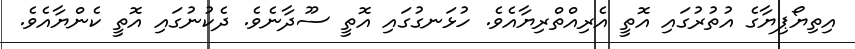
އިތިޔޯޕިޔާގެ އުތުރުގައި އޮތީ އެރިއްތްރިޔާއެވެ. ހުޅަނގުގައި އޮތީ ސޫދާނެވެ. ދެކުނުގައި އޮތީ ކެންޔާއެވެ.